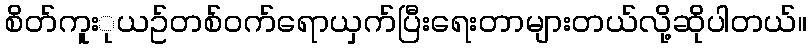
စိတ်ကူးုယဥ်တစ်ဝက်ရောယှက်ပြီးရေးတာများတယ်လို့ဆိုပါတယ်။